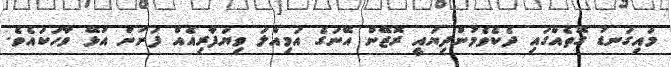
މައިގަނޑު ގޮތެއްގައި ދެކެވެމުންދިޔައީ ރޮޒޭން އޭނަގެ އަމިއްލަ ވިޔަފާރިއެއް ފަށަން އުޅޭ ވާހަކައެވެ.